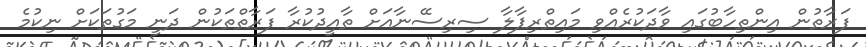
ފަރާތުން އިންތިހާބުގައި ވާދަކުރެއްވި މައިތްރިޕާލާ ސިރިސޭނާއަށް ތާއީދުކުރާ ފަރާތްތަކުން ދަނީ މަގުތަކަށް ނިކުމެ